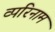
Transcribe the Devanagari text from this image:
व्परिनाम